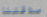
صداقتنا